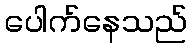
ပေါက်နေသည်